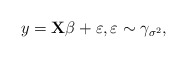
\begin{align*}y = \mathbf{X} \beta + \varepsilon, \varepsilon \sim \gamma_{\sigma^2},\end{align*}